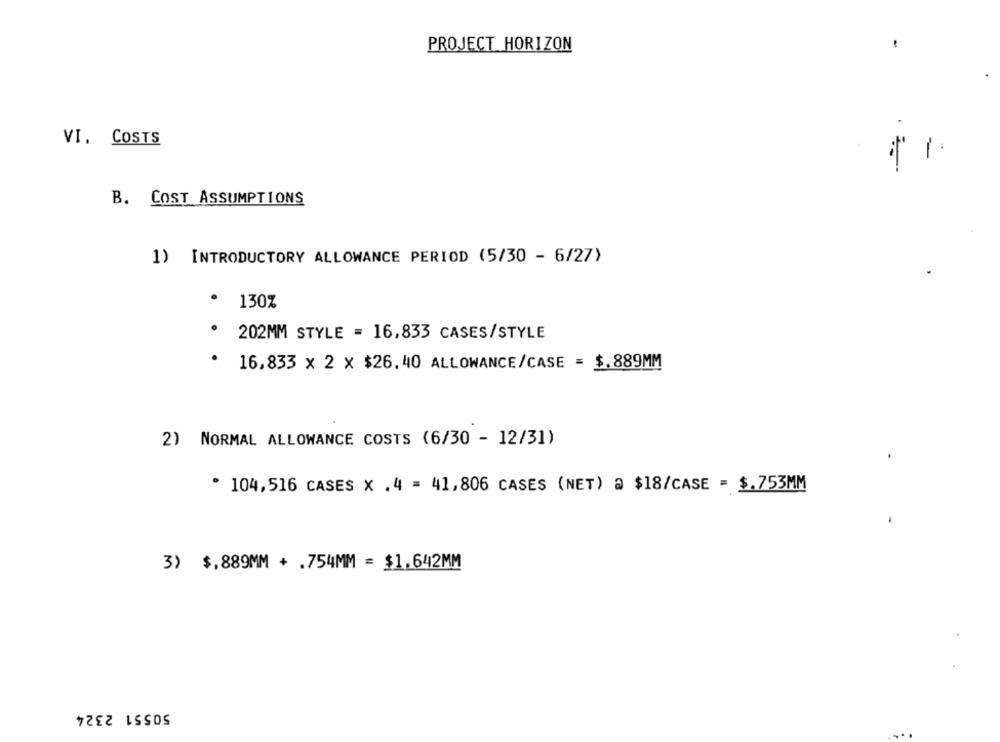
PROJECT HORIZON
VI. COSTS
B. COST ASSUMPTIONS
1) INTRODUCTORY ALLOWANCE PERIOD (5/30 - 6/27)
130%
202MM STYLE = 16,833 CASES/STYLE
16,833 x 2 x $26.40 ALLOWANCE/CASE = $.889MM
2) NORMAL ALLOWANCE COSTS (6/30 - 12/31)
* 104,516 CASES X .4 = 41,806 CASES (NET) @ $18/CASE = $.753MM
3) $,889MM + .754MM = $1.642MM
50551 2324